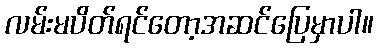
လမ်းမပိတ်ရင်တော့အဆင်ပြေမှာပါ။